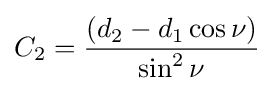
C_{2}={\frac {(d_{2}-d_{1}\cos \nu )}{\sin ^{2}\nu }}